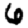
Digit: 6